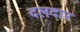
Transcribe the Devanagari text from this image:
दलदार